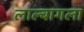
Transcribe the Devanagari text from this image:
लाल्बागला